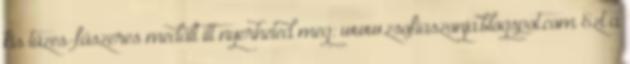
kis tüzes-fűszeres medált itt nyerheted meg: www.zsofiaszonja.blogspot.com Ezt a